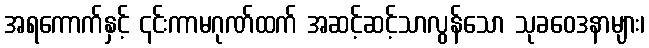
အရကောက်နှင့် ၎င်းကာမဂုဏ်ထက် အဆင့်ဆင့်သာလွန်သော သုခဝေဒနာများ၊